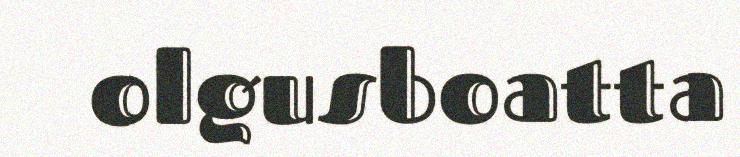
olgusboatta